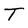
Character: T